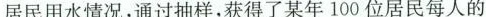
居民用水情况，通过抽样，获得了某年100位居民每人的